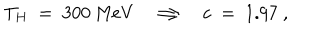
LaTeX: T _ { H } ~ = ~ 3 0 0 ~ \mathrm { M e V } \Longrightarrow c ~ = ~ 1 . 9 7 ~ ,